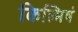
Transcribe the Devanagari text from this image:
किल्मिषं